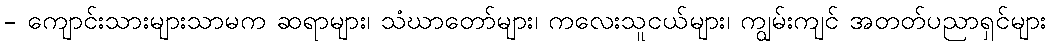
- ကျောင်းသားများသာမက ဆရာများ၊ သံဃာတော်များ၊ ကလေးသူငယ်များ၊ ကျွမ်းကျင် အတတ်ပညာရှင်များ